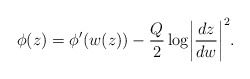
\begin{align*}\phi(z)=\phi'(w(z))-\frac{Q}{2}\log\biggl|\frac{dz}{dw}\biggr|^2.\end{align*}